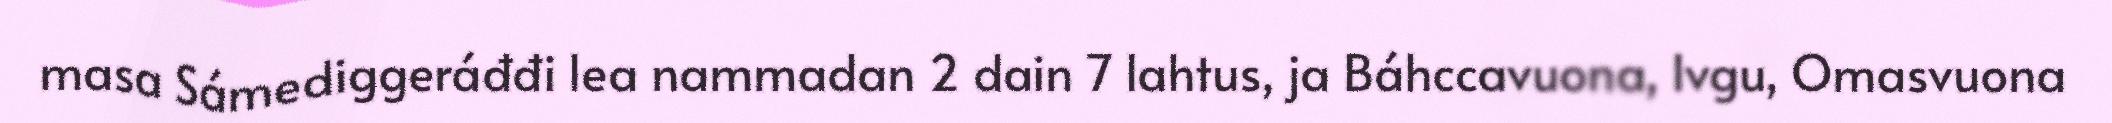
masa Sámediggeráđđi lea nammadan 2 dain 7 lahtus, ja Báhccavuona, Ivgu, Omasvuona